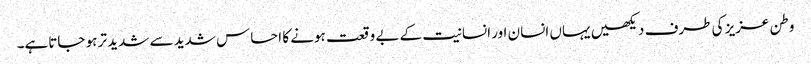
وطن عزیز کی طرف دیکھیں یہاں انسان اور انسانیت کے بے وقعت ہونے کا احساس شدید سے شدید تر ہو جاتاہے۔